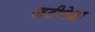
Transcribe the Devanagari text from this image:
अटीपेक्षा